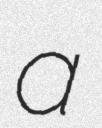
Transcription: a